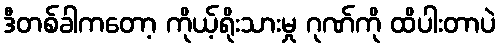
ဒီတစ်ခါကတော့ ကိုယ့်ရိုးသားမှု ဂုဏ်ကို ထိပါးတာပဲ